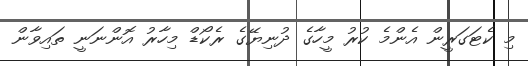
މި ކެޓަގަރީން އެންމެ ކުރު މީހާގެ ދުނިޔޭގެ ރެކޯޑް މިހާރު އޮންނަނީ ތައިވާން